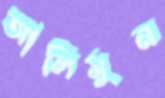
আলিমুন